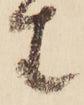
生